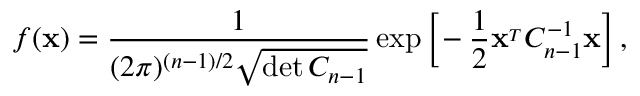
f ( { \bf x } ) = { \frac { 1 } { ( 2 \pi ) ^ { ( n - 1 ) / 2 } \sqrt { \operatorname* { d e t } C _ { n - 1 } } } } \exp \Big [ \! - { \frac { 1 } { 2 } } { \bf x } ^ { _ T } C _ { n - 1 } ^ { - 1 } { \bf x } \Big ] \, ,